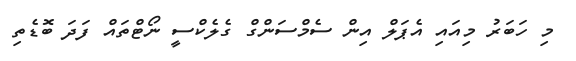
މި ހަބަރު މިއައި އެޕަލް އިން ސެމްސަންގް ގެލެކްސީ ނޯޓްތައް ފަދަ ބޮޑެތި